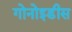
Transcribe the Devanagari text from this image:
गोनोइडीस